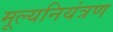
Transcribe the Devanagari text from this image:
मूल्यनियंत्रण